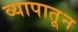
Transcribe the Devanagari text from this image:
व्यापातून